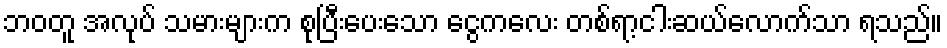
ဘဝတူ အလုပ် သမားများက စုပြီးပေးသော ငွေကလေး တစ်ရာ့ငါးဆယ်လောက်သာ ရသည်။